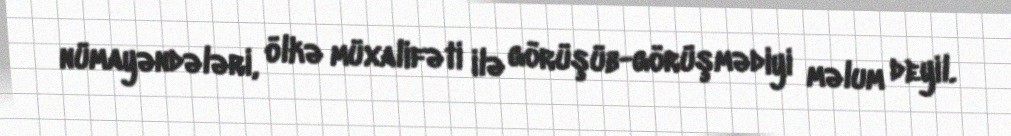
nümayəndələri, ölkə müxalifəti ilə görüşüb-görüşmədiyi məlum deyil.